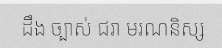
ដឹង ច្បាស់ ជរា មរណនិស្ស